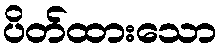
ပိတ်ထားသော